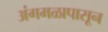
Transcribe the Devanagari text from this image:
अंगमळापासून